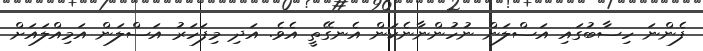
ފެންނަ ހިސާބުގައި އަސްލަން ނުހުންނާނެކަން އެނގޭތީ އެވެ. އަދި މިފަހަރު އަސްލަން އަމިއްލައަށް